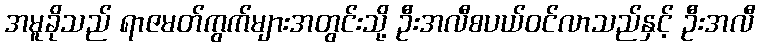
အမူခိုသည် ရာဇမတ်ကွက်များအတွင်းသို့ ဦးအလီစပယ်ဝင်လာသည်နှင့် ဦးအလီ